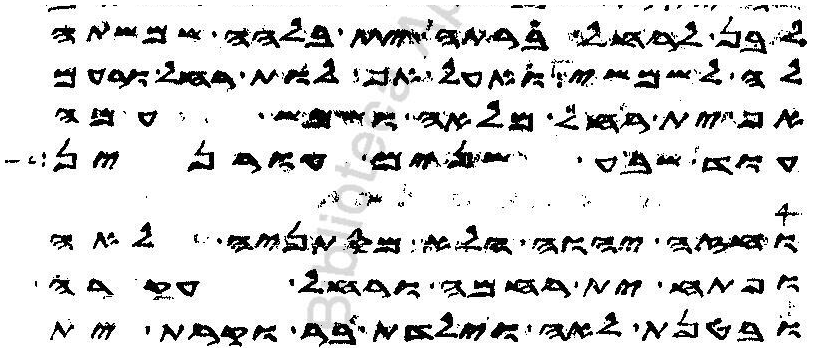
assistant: לבן לרחל ברתה ית בלהה שמשתה
לה לשמשי ואעל אף לות רחל ורעם
ית רחל מלאה ושמש עמה
עוד שבע שנים עורנין
וחזה יהוה הלא מסתניה לאה
ופתח ית רחמה ורחל עקרה
ובטנת לאה וילדת בר וקרת ית